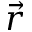
\vec { r }